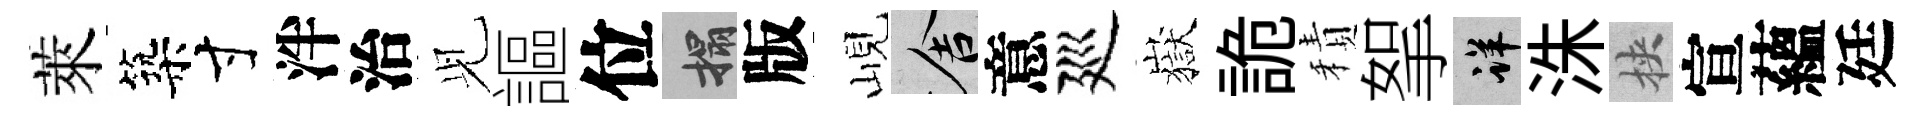
萊築寸泮治𫤗謳位搨版峴舍意廵嶽詭積挐详洙挾宣蘊廷